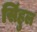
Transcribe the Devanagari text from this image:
सिंहुल